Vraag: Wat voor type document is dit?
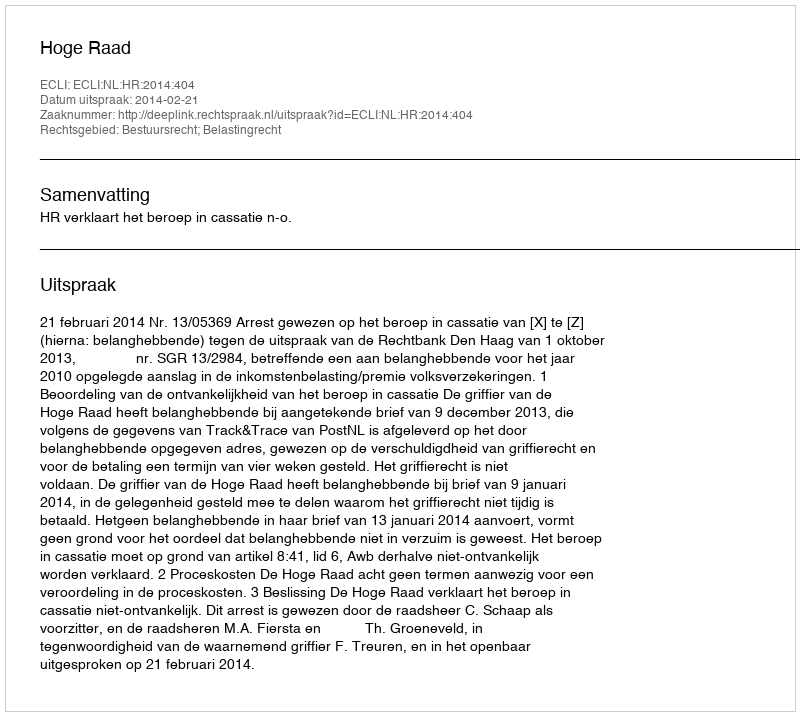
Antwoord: Uitspraak